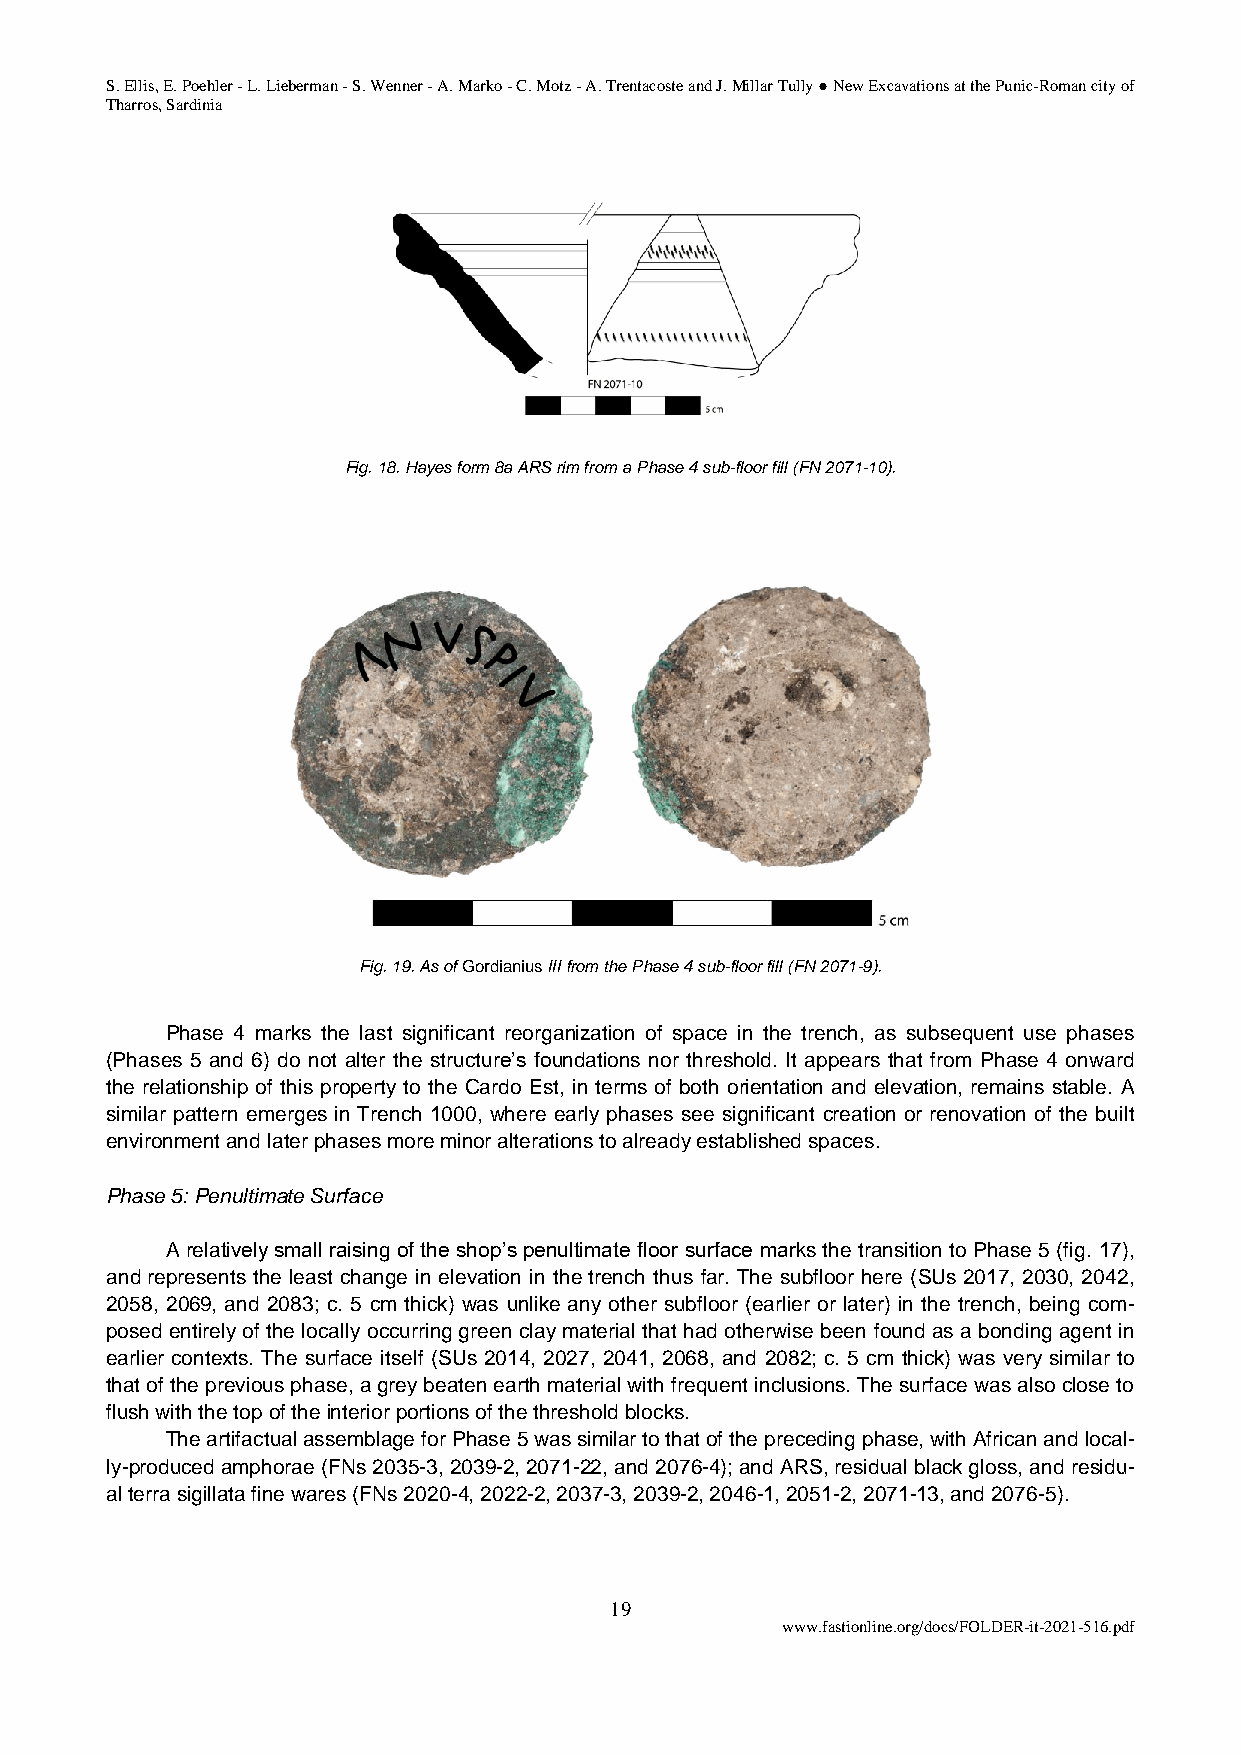
S. Ellis, E. Poehler - L. Lieberman - S. Wenner - A. Marko - C. Motz - A. Trentacoste and J. Millar Tully ● New Excavations at the Punic-Roman city of
 Tharros, Sardinia
 Fig. 18. Hayes form 8a ARS rim from a Phase 4 sub-floor fill (FN 2071-10).
 Fig. 19. As of Gordianius III from the Phase 4 sub-floor fill (FN 2071-9).
 Phase 4 marks the last significant reorganization of space in the trench, as subsequent use phases
 (Phases 5 and 6) do not alter the structure’s foundations nor threshold. It appears that from Phase 4 onward
 the relationship of this property to the Cardo Est, in terms of both orientation and elevation, remains stable. A
 similar pattern emerges in Trench 1000, where early phases see significant creation or renovation of the built
 environment and later phases more minor alterations to already established spaces.
 Phase 5: Penultimate Surface
 A relatively small raising of the shop’s penultimate floor surface marks the transition to Phase 5 (fig. 17),
 and represents the least change in elevation in the trench thus far. The subfloor here (SUs 2017, 2030, 2042,
 2058, 2069, and 2083; c. 5 cm thick) was unlike any other subfloor (earlier or later) in the trench, being com-
 posed entirely of the locally occurring green clay material that had otherwise been found as a bonding agent in
 earlier contexts. The surface itself (SUs 2014, 2027, 2041, 2068, and 2082; c. 5 cm thick) was very similar to
 that of the previous phase, a grey beaten earth material with frequent inclusions. The surface was also close to
 flush with the top of the interior portions of the threshold blocks.
 The artifactual assemblage for Phase 5 was similar to that of the preceding phase, with African and local-
 ly-produced amphorae (FNs 2035-3, 2039-2, 2071-22, and 2076-4); and ARS, residual black gloss, and residu-
 al terra sigillata fine wares (FNs 2020-4, 2022-2, 2037-3, 2039-2, 2046-1, 2051-2, 2071-13, and 2076-5).
 19
 www.fastionline.org/docs/FOLDER-it-2021-516.pdf